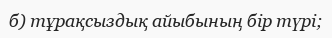
б) тұрақсыздық айыбының бір түрі;